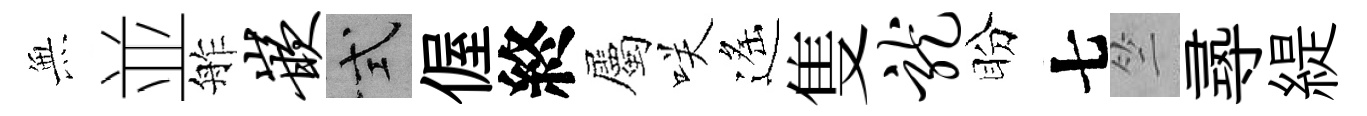
𭴾並舴嵌式偓終屬咲遙隻龙盼七竺𡬶緹